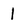
Character: 1